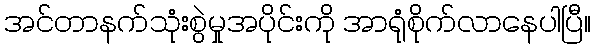
အင်တာနက်သုံးစွဲမှုအပိုင်းကို အာရုံစိုက်လာနေပါပြီ။